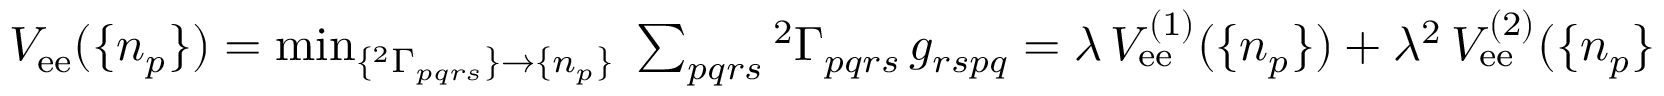
\begin{array} { r } { V _ { \mathrm { e e } } ( \{ n _ { p } \} ) = \operatorname* { m i n } _ { \{ { ^ { 2 } \Gamma _ { p q r s } } \} \to \{ n _ { p } \} } \; \sum _ { p q r s } { ^ { 2 } \Gamma } _ { p q r s } \, g _ { r s p q } = \lambda \, V _ { \mathrm { e e } } ^ { ( 1 ) } ( \{ n _ { p } \} ) + \lambda ^ { 2 } \, V _ { \mathrm { e e } } ^ { ( 2 ) } ( \{ n _ { p } \} ) + . . . } \end{array}